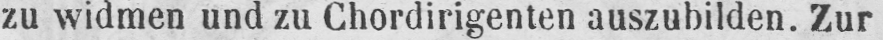
zu widmen und zu Chordirigenten auszubilden. Zur